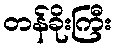
တန်ခိုးကြီး